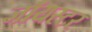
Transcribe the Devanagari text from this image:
जॉयस्टर